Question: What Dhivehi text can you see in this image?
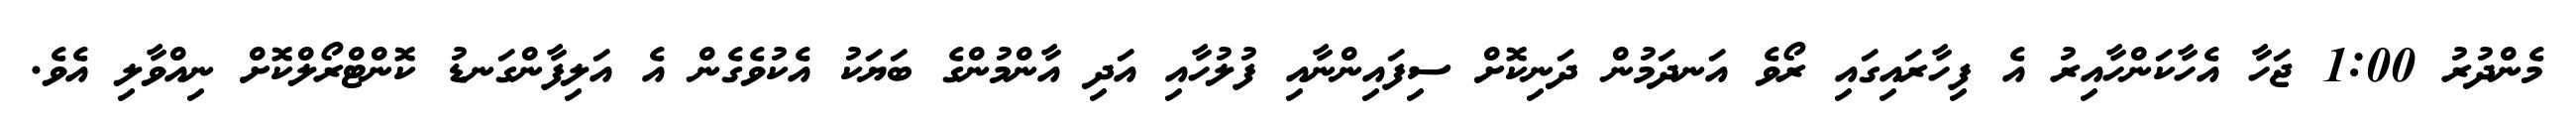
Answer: މެންދުރު 1:00 ޖަހާ އެހާކަންހާއިރު އެ ފިހާރައިގައި ރޯވެ އަނދަމުން ދަނިކޮށް ސިފައިންނާއި ފުލުހާއި އަދި އާންމުންގެ ބަޔަކު އެކުވެގެން އެ އަލިފާންގަނޑު ކޮންޓްރޯލްކޮށް ނިއްވާލި އެވެ.